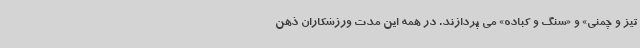
تیز و چمنی» و «سنگ و کباده» می پردازند. در همه این مدت ورزشکاران ذهن